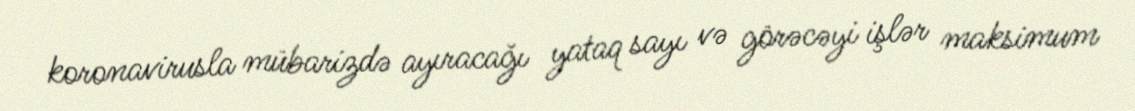
koronavirusla mübarizdə ayıracağı yataq sayı və görəcəyi işlər maksimum